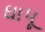
ધાપૂ